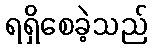
ရရှိစေခဲ့သည်